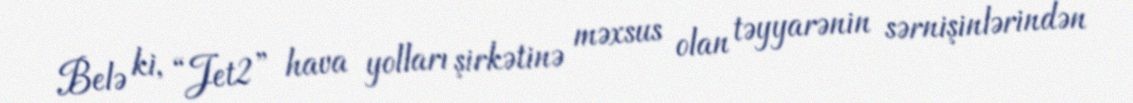
Belə ki, “Jet2” hava yolları şirkətinə məxsus olan təyyarənin sərnişinlərindən